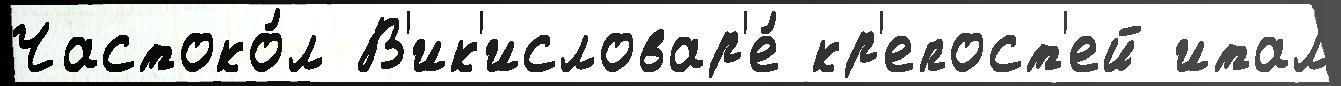
Частоко́л В'ик'исловар'е́ кр'епост'ей итал